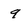
Character: 9